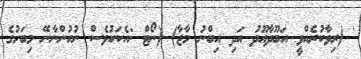
' (ރިވާކުރެއްވީ އަބޫދާއޫދު އަދި އިބްނު މާޖާ) (ނޯޓް :އެކަކުވެސް ނުހުންނާނޭ މިބަހުގެ